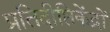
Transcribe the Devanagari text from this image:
प्रतिदीप्तिकेंद्रों